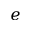
e